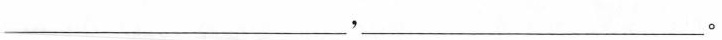
___，___。